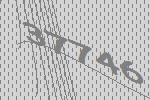
37746